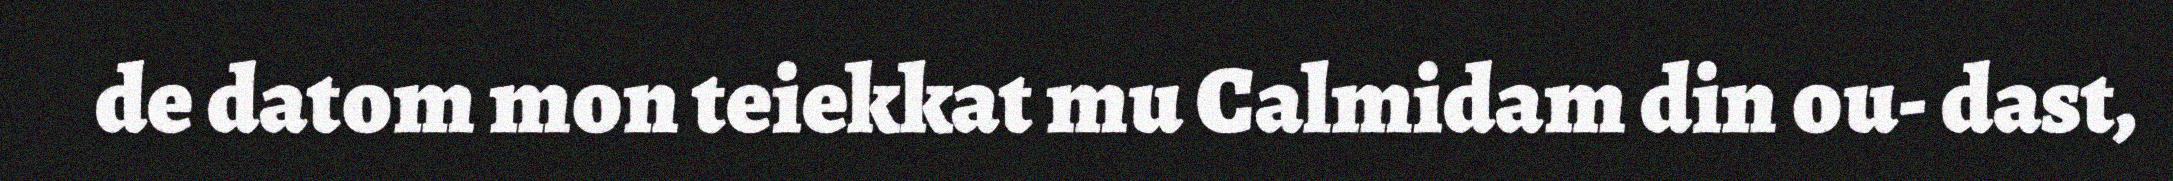
de datom mon teiekkat mu Calmidam din ou- dast,